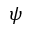
\psi